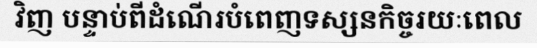
វិញ បន្ទាប់ពីដំណើរបំពេញទស្សនកិច្ចរយៈពេល